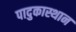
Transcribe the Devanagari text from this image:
पादुकास्थान